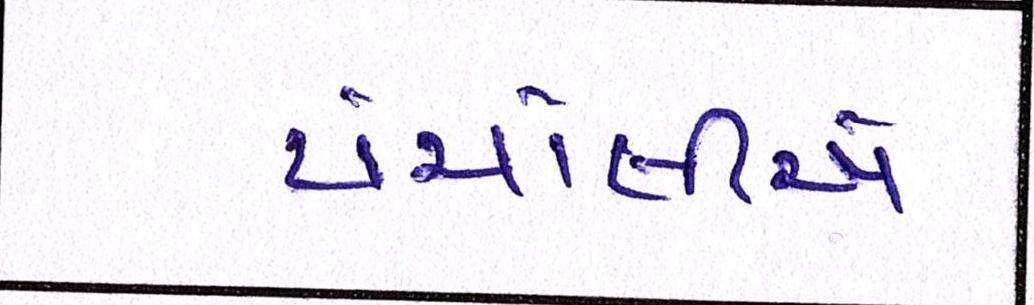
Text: પંચોલીએ